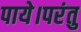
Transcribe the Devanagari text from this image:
पाये।परंतु